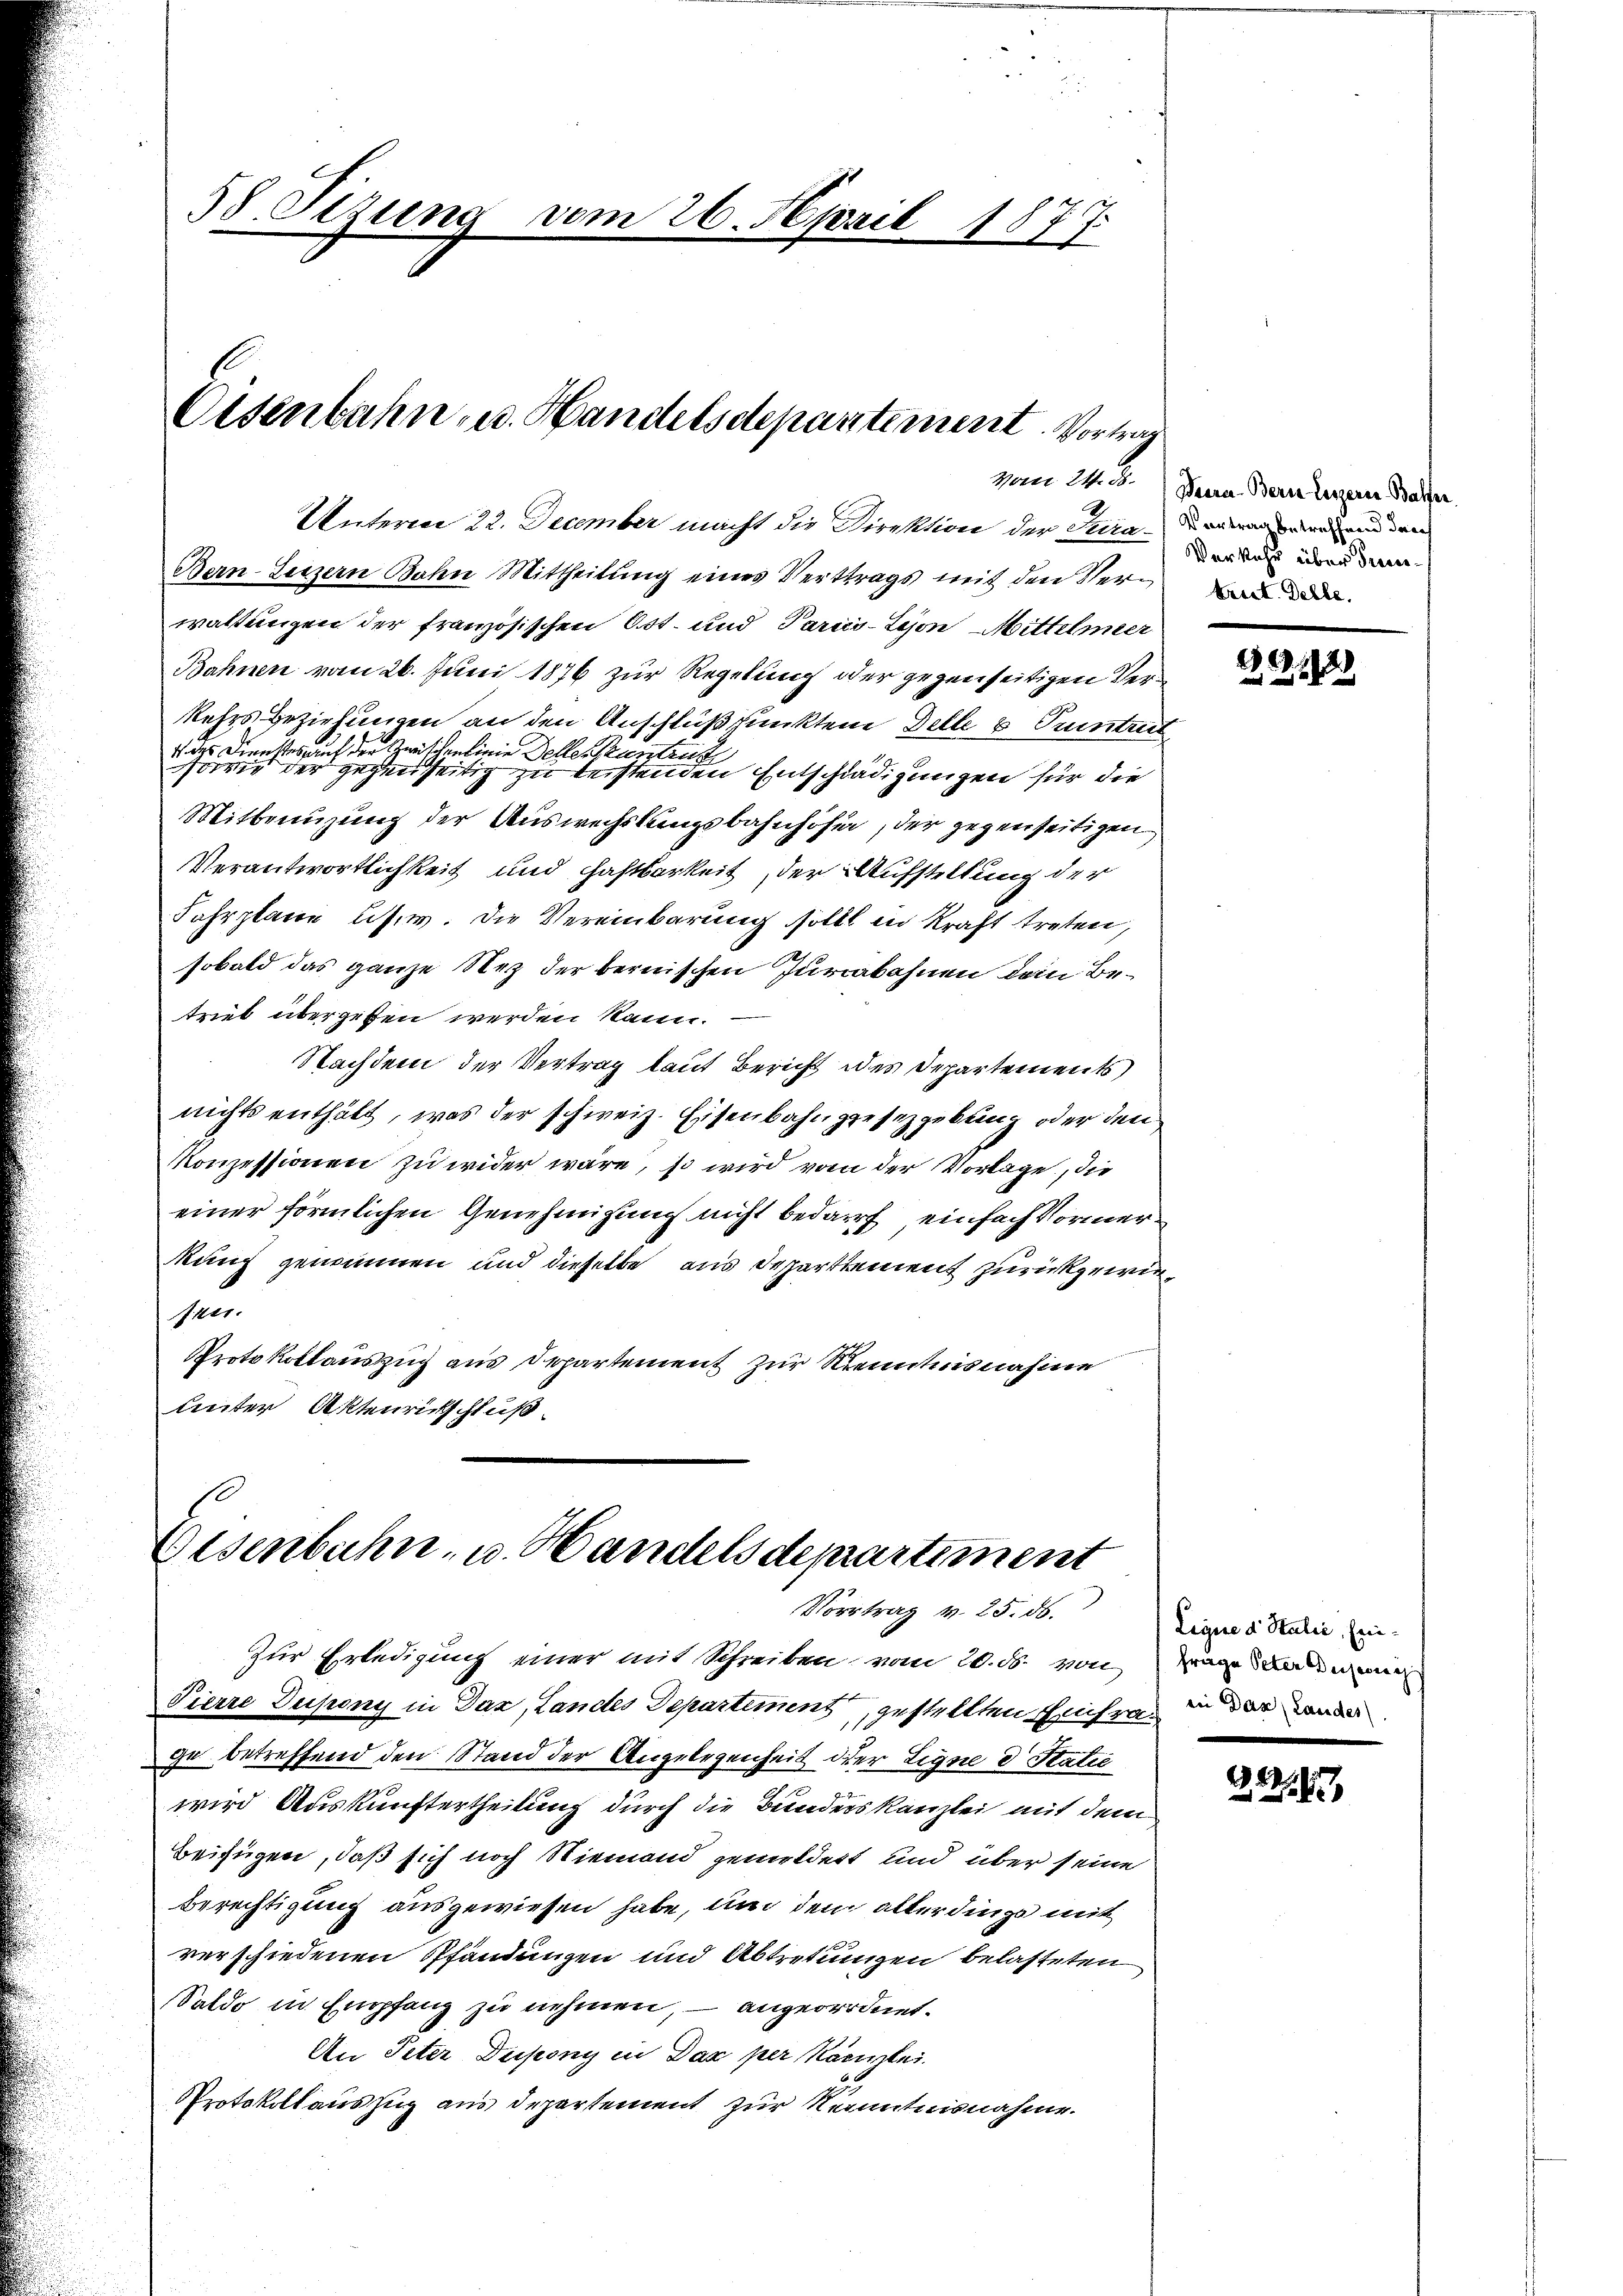
Eisenbahn u. Handelsdepartement. Vortrag

58. Sizung vom 26. April 1877

Unterm 22. December macht die Direktion der Straurieren und den
Bern-Luzern Bahn Mittheilŭng eines Vertrags mit den Ver- und we
waltungen der französischen Ort und Paris-Lyon Mittelmer
Bahnen vom 26. Juni 1876 zur Regelung oder gegenseitigen Verkehrs Beziehungen an den Anschlußpunktene Delle & untret
4 des Dienstes, auf der Zwischenlinie Dellen Kantreit
sowie der gegenseitig zu leistenden Entschädigungen für die
Mitbenuzung der Auswechslungsbahnhöfen, der gegenseitigen
Verantwortlichkeit und Haftbarkeit, der Aufstellung der
Fahrplane u.s.w. Die Vereinbarung sollt in Kraft treten,
sobald das ganze Nez der bernischen Juriakahnen dem Betrieb übergeben werden kann.
Nachdem der Vertrag laut Bericht des Departements
nichts enthält, was der schweiz. Eisenbahngesezgebung oder den
Konzessionen zu wider wäre, so wird von der Vorlage, die
einer förmlichen Genehmigung nicht bedarf, einfach Vormerkung genommen und dieselbe aus Departtement zurückgewiesner
Protokollauszug aus Departement zur Kenntnisnahme
Unter Aktenrichschluß

Eisenbahn, u. Handels departiment
Vortrag v. 25. ds.
Zur Erledigung einer mit Schreiben vom 20. ds. von
Pierre Dupony in Daz, Landes Departement, gestellten Einfra in der ander

zu betreffend den Stand der Angelegenheit der Eigne d Stati
wird Auskunftertheilung durch die Bunders Kanzlei mit dem
Beifügen, daß sich noch Niemand gemeldert und über seine
Berechtigung ausgewiesen habe, und den allerdinge mit
verschiedenen Pfändungen und Abtretungen belasteten
Saldo in Empfang zu nehmen, – angeordnet.
An Peter Dupony in Das per kanntei
Protokoll auszug aus Departement zur Kenntnisnahme.

von 24. d. Baern. Bern Lenzeren Balfen.
Verkehr über Proces¬

21.1920

Ligire d. Salić, Ein¬
Frage Peten Deseci

2

1